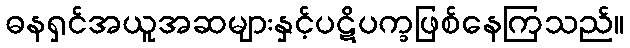
ဓနရှင်အယူအဆများနှင့်ပဋိပက္ခဖြစ်နေကြသည်။